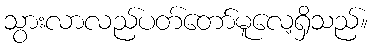
သွားလာလည်ပတ်တော်မူလေ့ရှိသည်။